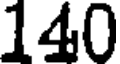
140